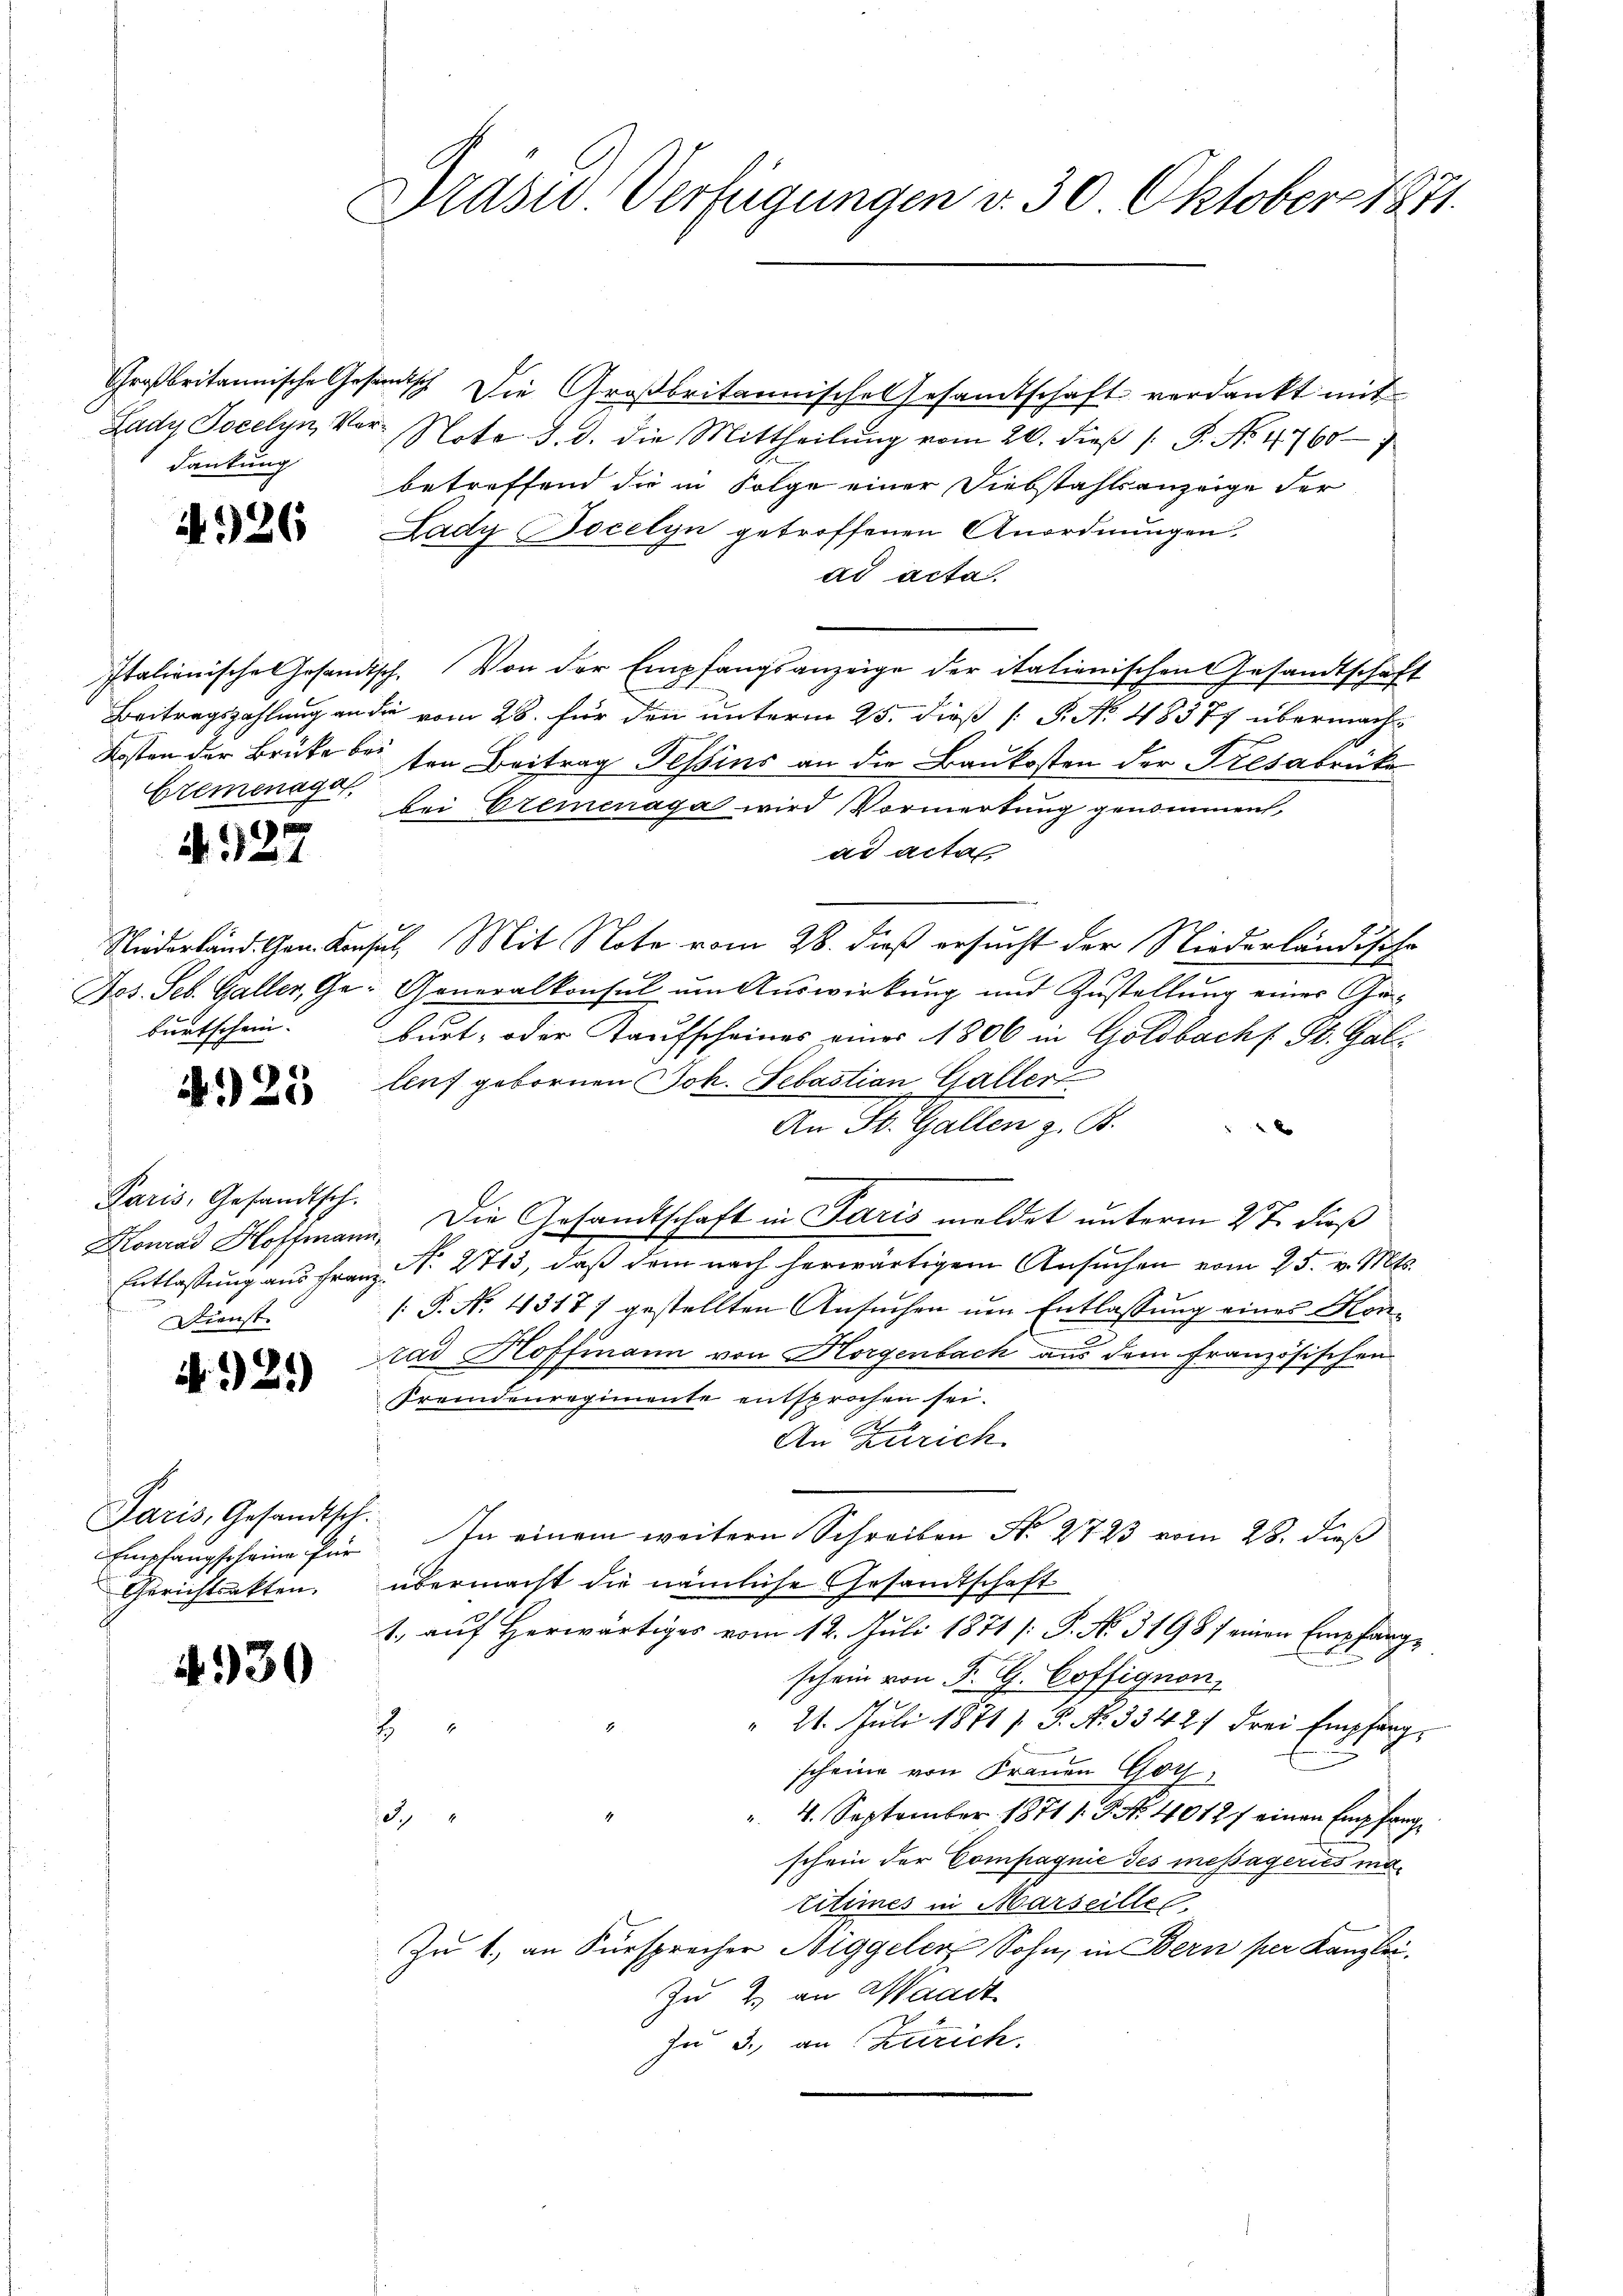
dankung

4926

Eremenage,

A. 927

burtschein. |

4925

Paris, Gesandtsch.
Dienst

2.)

Paris, Gesandtsch.
Gerichtsakten.

4930

Präses Verfügungen d. 30 Oktober 1871.

Großbritannische Gesundisch Die Großbritannisches Gesamtschaft verdankt mit
Lady Jocelyn, Vor- Note d. d. die Mittheilŭng vom 20. dieβ /: P. No 4760
betreffend die in Folge einer Diebstahlsanzeige der
Lady Bocelyn getroffenen Anordnungen.
ad acta
Italienische Gesandtsch. Von der Empfangsanzeige der italienischen Gesandtschaft
Beitragszahlung an die vom 28. für den unterm 25. dieß P. Nr. 48377 übermach¬
Kosten der Brute bei ten Beitrag Tessins an die Baukosten der Tresabrike
bei Eremenaga wird Vormerkung genommen,
ad acta
Niederland. Gen. Konsul, Mit Note vom 28. dieß ersucht der Niederländische
Jos. Seb. Galler, Ge- Generalkonsul um Auswirkung und Zustellŭng einer Ge-
burt, oder Taufscheines einer 1806 in Goldbach St. Galleuf gebornen Joh. Sebastian Galler
An St. Gallen z. B.
Konrad Hoffmann. Die Gesandtschaft in Paris meldet unterm 2te dieß
Entlassung aus Franz No. 273, daß dem nach herwärtigem Ansuchen vom 25. v. Mts.
[ P. No. 4317) gestellten Ansuchen um Entlassung eines Konad Hoffmann von Horgenbach aus dem französischen
Fremdenregimente entsprochen sei.
1
An Zürich
Empfangscheine für In einem weitern Schreiben No. 2723 vom 28. dieß
übermacht die nämliche Gesandtschaft
1., auf Herwärtiges vom 12. Juli 1871 [P. No. 3198 / einen Empfang¬
F
schein von F. G. Coffignon,
" 21. Juli 1871 /. P. Nr. 3342/ drei Empfang
1
scheine von Frauen Got
" 4. September 1871 1 S. Nr. 40127 einen Empfang
3
schein der Compagnie des messageries matitimes in Marseiller.
Zu 1. an Fürsprecher Niggeler Sohn, in Bern per Kanzlei.
Zu 2. an Waadt
zu 3., an Zürich.